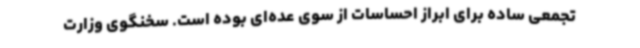
تجمعی ساده برای ابراز احساسات از سوی عده‌ای بوده است. سخنگوی وزارت